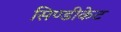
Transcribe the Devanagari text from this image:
सिण्डीकेट